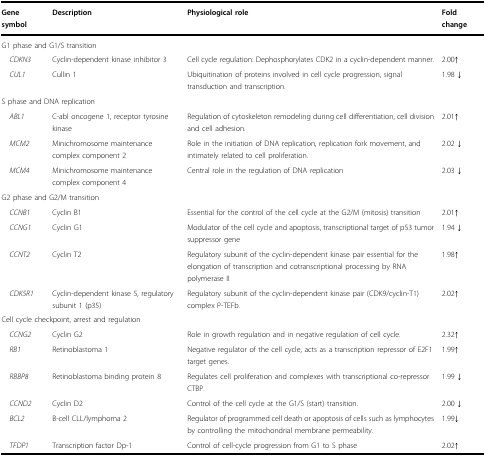
| Gene symbol | Description | Physiological role | Fold change |
 | --- | --- | --- | --- |
 | <COLSPAN=4> G1 phase and G1/S transition |
 | CDKN3 | Cyclin-dependent kinase inhibitor 3 | Cell cycle regulation: Dephosphorylates CDK2 in a cyclin-dependent manner. | 2.00↑ |
 | CUL1 | Cullin 1 | Ubiquitination of proteins involved in cell cycle progression, signal transduction and transcription. | 1.98 ↓ |
 | <COLSPAN=4> S phase and DNA replication |
 | ABL1 | C-abl oncogene 1, receptor tyrosine kinase | Regulation of cytoskeleton remodeling during cell differentiation, cell division and cell adhesion. | 2.01↑ |
 | MCM2 | Minichromosome maintenance complex component 2 | Role in the initiation of DNA replication, replication fork movement, and intimately related to cell proliferation. | 2.02 ↓ |
 | MCM4 | Minichromosome maintenance complex component 4 | Central role in the regulation of DNA replication | 2.03 ↓ |
 | <COLSPAN=4> G2 phase and G2/M transition |
 | CCNB1 | Cyclin B1 | Essential for the control of the cell cycle at the G2/M (mitosis) transition | 2.01↑ |
 | CCNG1 | Cyclin G1 | Modulator of the cell cycle and apoptosis, transcriptional target of p53 tumor suppressor gene | 1.94 ↓ |
 | CCNT2 | Cyclin T2 | Regulatory subunit of the cyclin-dependent kinase pair essential for the elongation of transcription and cotranscriptional processing by RNA polymerase II | 1.98↑ |
 | CDK5R1 | Cyclin-dependent kinase 5, regulatory subunit 1 (p35) | Regulatory subunit of the cyclin-dependent kinase pair (CDK9/cyclin-T1) complex P-TEFb. | 2.02↑ |
 | <COLSPAN=4> Cell cycle checkpoint, arrest and regulation |
 | CCNG2 | Cyclin G2 | Role in growth regulation and in negative regulation of cell cycle. | 2.32↑ |
 | RB1 | Retinoblastoma 1 | Negative regulator of the cell cycle, acts as a transcription repressor of E2F1 target genes. | 1.99↑ |
 | RBBP8 | Retinoblastoma binding protein 8 | Regulates cell proliferation and complexes with transcriptional co-repressor CTBP. | 1.99 ↓ |
 | CCND2 | Cyclin D2 | Control of the cell cycle at the G1/S (start) transition. | 2.00 ↓ |
 | BCL2 | B-cell CLL/lymphoma 2 | Regulator of programmed cell death or apoptosis of cells such as lymphocytes by controlling the mitochondrial membrane permeability. | 1.99↓ |
 | TFDP1 | Transcription factor Dp-1 | Control of cell-cycle progression from G1 to S phase | 2.02↑ |